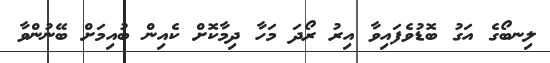
ލިނބޯގެ އަގު ބޮޑުވެފައިވާ އިރު ރޯދަ މަހާ ދިމާކޮށް ކެއިން ބުއިމަށް ބޭނުންވާ